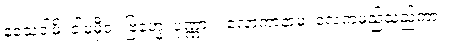
နသေဝါမိ၊ ငါမမှီဝဲ။ ဗြဟ္မေ၊ ပုဏ္ဏား။ လောကာနာမ၊ လေကမည်သည်ကား။